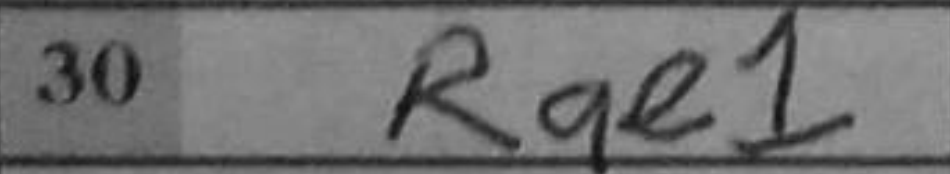
Transcription: Rae1